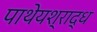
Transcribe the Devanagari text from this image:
पाथेयश्राद्ध